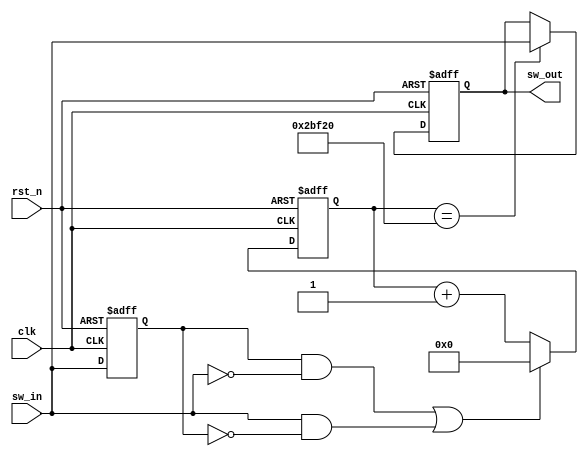

module Key_debounce(input clk,
                    input rst_n,
                    input sw_in,
                    output reg sw_out);
  
  reg sw_in_r0;
  
  always @ ( posedge clk or negedge rst_n ) begin
    if ( !rst_n ) begin
      sw_in_r0 <= 1;
    end
    else begin
      sw_in_r0 <= sw_in;
    end
  end
  
  wire edge_l, edge_h;
  assign edge_l = sw_in_r0 & ( ~sw_in );  
  assign edge_h = sw_in & ( ~sw_in_r0 );  
  wire edge_en;  
  assign edge_en = edge_l | edge_h;
  
  reg [19:0] count;
  always @ ( posedge clk or negedge rst_n ) begin
    if ( !rst_n ) begin
      count <= 0;
    end
    else if ( edge_en ) begin
      count <= 0;
    end
    else begin
      count <= count + 20'b1;
    end
    
  end
  
  always @ ( posedge clk or negedge rst_n ) begin
    if ( !rst_n ) begin
      sw_out <= 1'b1;
    end
    else if ( count == 20'h2BF20 ) begin
      sw_out <= sw_in;
    end
    else begin
      ;
    end
  end
  
  
  
endmodule

/*
clkrst_nsw_insw_out

sw_in_r0clkrst_nsw_in_r0sw_inedge_ledge_h

edge_ledge_hedge_encount20edge_en1count20'h2BF20sw_outsw_in

<==alwaysalwaysif-elsesw_out

*/